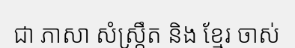
ជា ភាសា សំស្ក្រឹត និង ខ្មែរ ចាស់